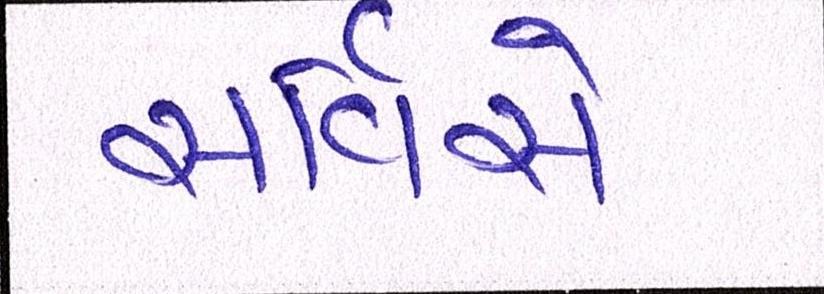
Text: સર્વિસે